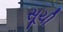
સૂચી